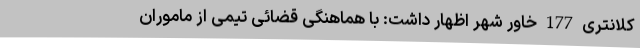
کلانتری 177 خاور شهر اظهار داشت: با هماهنگی قضائی تیمی از ماموران